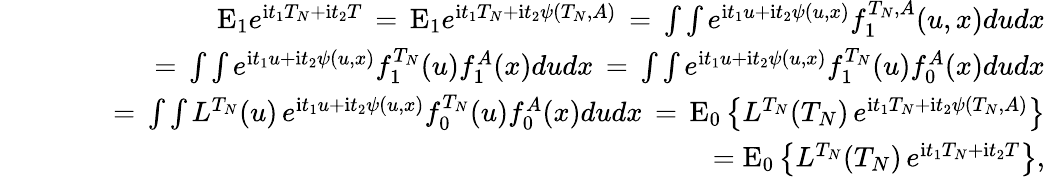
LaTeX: \begin{array}{rlr}&{}&{\mathrm{E}_{1}e^{\mathrm{i}t_{1}T_{N}+\mathrm{i}t_{2}T}\, =\, \mathrm{E}_{1}e^{\mathrm{i}t_{1}T_{N}+\mathrm{i}t_{2}\psi\left(T_{N},A\right)}\, =\, \int\int e^{\mathrm{i}t_{1}u+\mathrm{i}t_{2}\psi\left(u,x\right)}f_{1}^{T_{N},A}(u,x)dudx}\\ &{}&{\qquad=\, \int\int e^{\mathrm{i}t_{1}u+\mathrm{i}t_{2}\psi\left(u,x\right)}f_{1}^{T_{N}}(u)f_{1}^{A}(x)dudx\, =\, \int\int e^{\mathrm{i}t_{1}u+\mathrm{i}t_{2}\psi\left(u,x\right)}f_{1}^{T_{N}}(u)f_{0}^{A}(x)dudx}\\ &{}&{\qquad=\, \int\int L^{T_{N}}(u)\, e^{\mathrm{i}t_{1}u+\mathrm{i}t_{2}\psi\left(u,x\right)}f_{0}^{T_{N}}(u)f_{0}^{A}(x)dudx\, =\, \mathrm{E}_{0}\left\{ L^{T_{N}}(T_{N})\, e^{\mathrm{i}t_{1}T_{N}+\mathrm{i}t_{2}\psi\left(T_{N},A\right)}\right\} }\\ &{}&{=\mathrm{E}_{0}\left\{ L^{T_{N}}(T_{N})\, e^{\mathrm{i}t_{1}T_{N}+\mathrm{i}t_{2}T}\right\} ,}\end{array}